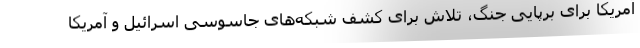
آمریکا برای برپایی جنگ، تلاش برای کشف شبکه‌های جاسوسی اسرائیل و آمریکا